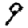
Digit: 9